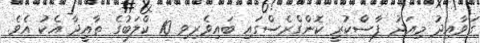
ގަވާއިދު މިއަދު ފާސްކުރީ ކޮންގްރެސްގައި ބައިވެރިވި 10 ކްލަބުގެ ތާއީދާ އެކު އެވެ.